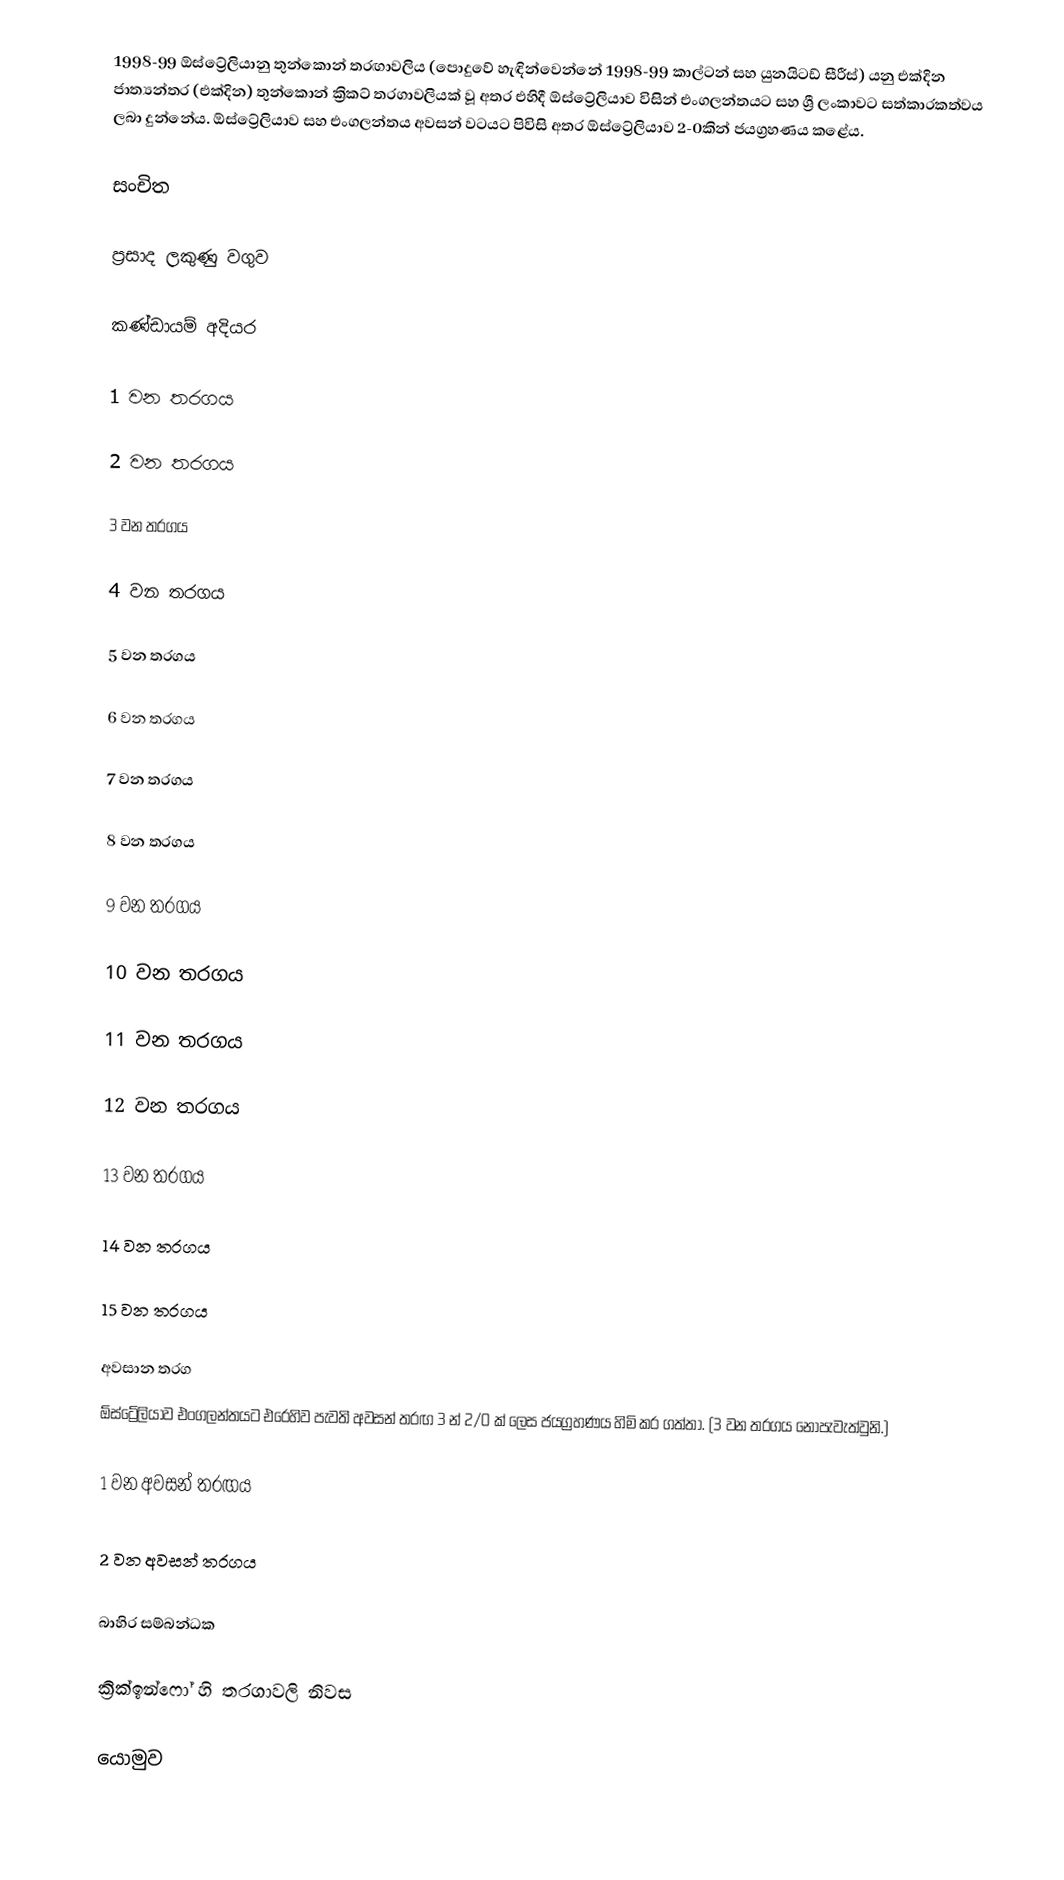
1998-99 ඕස්ට්‍රේලියානු තුන්කොන් තරඟාවලිය (පොදුවේ හැඳින්වෙන්නේ 1998-99 කාල්ටන් සහ යුනයිටඩ් සීරීස්) යනු එක්දින ජාත්‍යන්තර (එක්දින) තුන්කොන් ක්‍රිකට් තරගාවලියක් වූ අතර එහිදී ඕස්ට්‍රේලියාව විසින් එංගලන්තයට සහ ශ්‍රී ලංකාවට සත්කාරකත්වය ලබා දුන්නේය. ඕස්ට්‍රේලියාව සහ එංගලන්තය අවසන් වටයට පිවිසි අතර ඕස්ට්‍රේලියාව 2-0කින් ජයග්‍රහණය කළේය.

සංචිත

ප්‍රසාද ලකුණු වගුව

කණ්ඩායම් අදියර

1 වන තරගය

2 වන තරගය

3 වන තරගය

4 වන තරගය

5 වන තරගය

6 වන තරගය

7 වන තරගය

8 වන තරගය

9 වන තරගය

10 වන තරගය

11 වන තරගය

12 වන තරගය

13 වන තරගය

14 වන තරගය

15 වන තරගය

අවසාන තරග
ඕස්ට්‍රේලියාව එංගලන්තයට එරෙහිව පැවති අවසන් තරඟ 3 න් 2/0 ක් ලෙස ජයග්‍රහණය හිමි කර ගත්තා. (3 වන තරගය නොපැවැත්වුනි.)

1 වන අවසන් තරඟය

2 වන අවසන් තරගය

බාහිර සම්බන්ධක

 ක්‍රික්ඉන්ෆෝ හි තරගාවලි නිවස

යොමුව